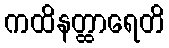
ကထိနတ္ထာရေတိ